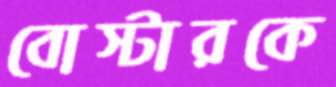
বোস্টারকে